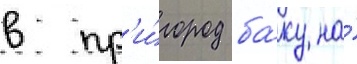
в пр'и́город ба́ку на́